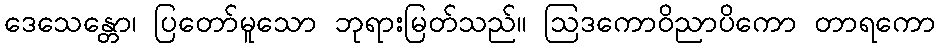
ဒေသေန္တော၊ ပြတော်မူသော ဘုရားမြတ်သည်။ ဩဒကောဝိညာပိကော တာရကော